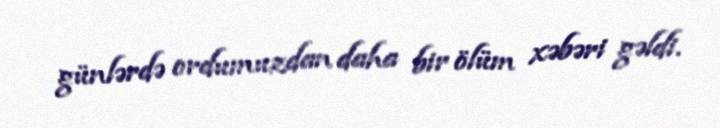
günlərdə ordumuzdan daha bir ölüm xəbəri gəldi.